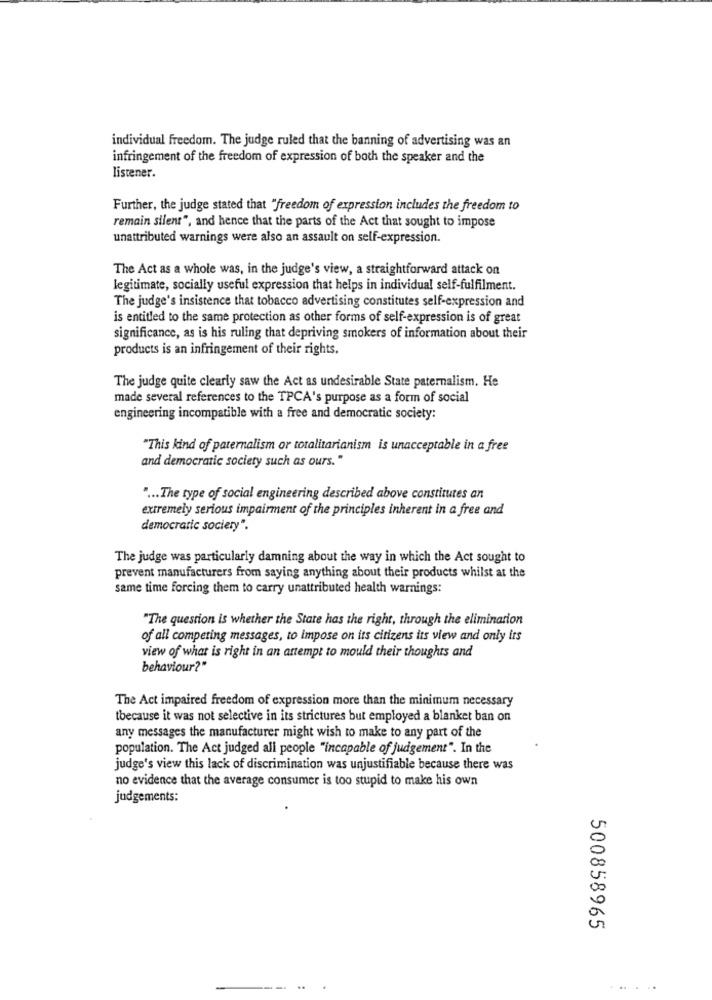
individual freedom. The judge ruled that the banning of advertising was an
infringement of the freedom of expression of both the speaker and the
listener.
Further, the judge stated that "freedom of expression includes the freedom to
remain silent", and hence that the parts of the Act that sought to impose
unattributed warnings were also an assault on self-expression.
The Act as a whole was, in the judge's view, a straightforward attack on
legitimate, socially useful expression that helps in individual self-fulfilment.
The judge's insistence that tobacco advertising constitutes self-expression and
is entitled to the same protection as other forms of self-expression is of great
significance, as is his ruling that depriving smokers of information about their
products is an infringement of their rights.
The judge quite clearly saw the Act as undesirable State paternalism. He
made several references to the TPCA's purpose as a form of social
engineering incompatible with a free and democratic society:
"This kind of paternalism or totalitarianism is unacceptable in a free
and democratic society such as ours."
" ... The type of social engineering described above constitutes an
extremely serious impairment of the principles inherent in a free and
democratic society".
The judge was particularly damning about the way in which the Act sought to
prevent manufacturers from saying anything about their products whilst at the
same time forcing them to carry unattributed health warnings:
"The question is whether the State has the right, through the elimination
of all competing messages, to impose on its citizens its view and only its
view of what is right in an attempt to mould their thoughts and
behaviour?"
The Act impaired freedom of expression more than the minimum necessary
tbecause it was not selective in its strictures but employed a blanket ban on
any messages the manufacturer might wish to make to any part of the
population. The Act judged all people "incapable of judgement". In the
judge's view this lack of discrimination was unjustifiable because there was
no evidence that the average consumer is too stupid to make his own
judgements:
500858965